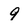
Character: 9